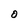
Character: O